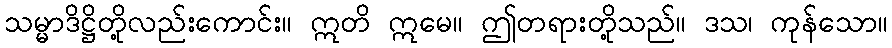
သမ္မာဒိဋ္ဌိတို့လည်းကောင်း။ ဣတိ ဣမေ။ ဤတရားတို့သည်။ ဒသ၊ ကုန်သော။